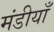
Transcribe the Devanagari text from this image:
मंडीयाँ